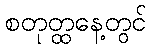
စတုတ္ထနေ့တွင်